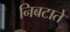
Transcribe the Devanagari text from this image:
निबटाते